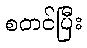
စတင်ပြီး